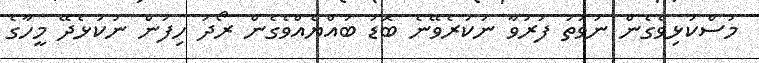
މުސްކުޅިވެގެން ނުވަތަ ފަރުވާ ނުކުރެވޭނެ ބޮޑު ބައްޔެއްވެގެން ރޯދަ ހިފަން ނުކުޅެދޭ މީހާގެ